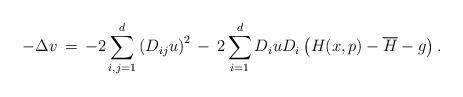
LaTeX: \begin{align*}-\Delta v \,&=\,-2\sum_{i,j=1}^d\left(D_{ij}u\right)^2\,-\,2\sum_{i=1}^dD_iuD_i\left(H(x,p)-\overline{H}-g\right).\end{align*}